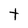
Character: t